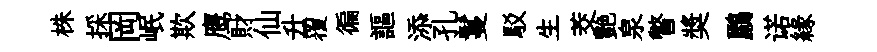
株採岡岷欺鹰財仙升覆徧謳添孔鬘駁生茭艶泉瞥奬鸝诺緣